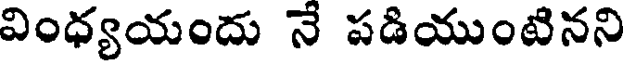
వింధ్యయందు నే పడియుంటినని